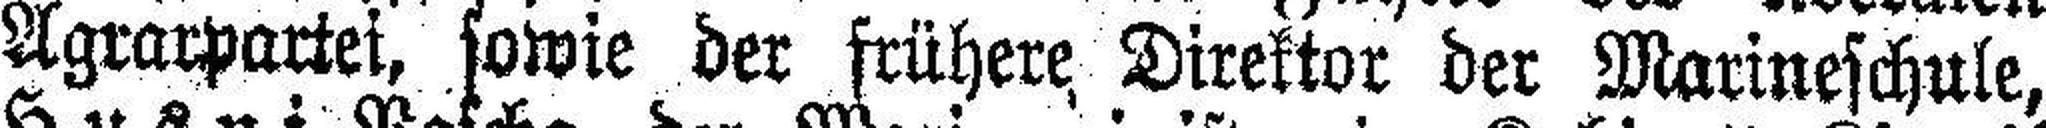
Agrarpartei, sowie der frühere Direktor der Marineschule,